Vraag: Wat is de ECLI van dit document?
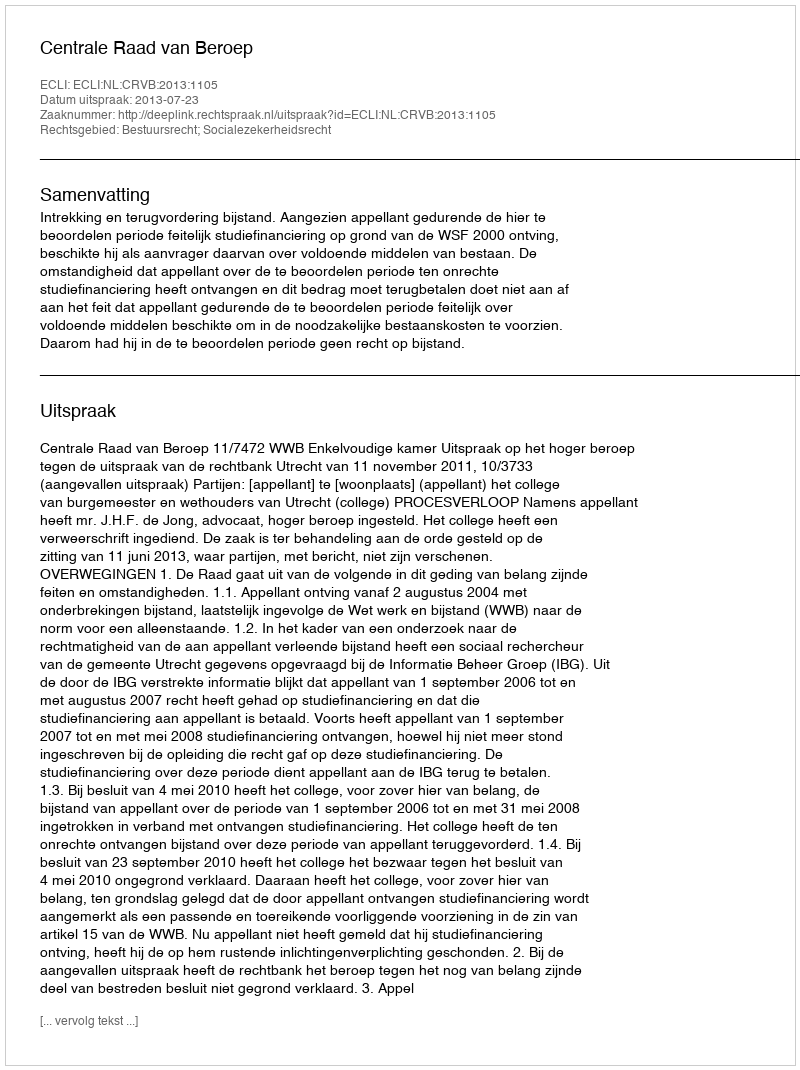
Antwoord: ECLI:NL:CRVB:2013:1105